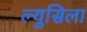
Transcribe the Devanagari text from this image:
ल्युसिला